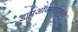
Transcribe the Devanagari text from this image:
डायऑक्साईडमुळे